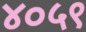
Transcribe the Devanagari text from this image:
४०५९